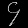
Digit: ၄